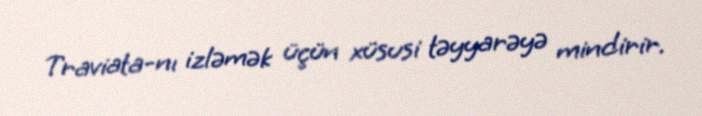
Traviata-nı izləmək üçün xüsusi təyyarəyə mindirir.